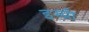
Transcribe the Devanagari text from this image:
इस्प्री